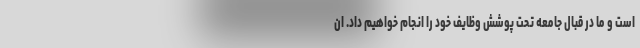
است و ما در قبال جامعه تحت پوشش وظایف خود را انجام خواهیم داد. ان